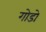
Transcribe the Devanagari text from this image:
गोडो